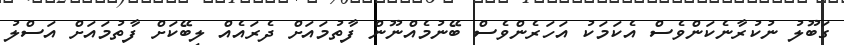
ގަބޫލު ނުކުރާނެކަންވެސް އެކަމަކު އަހަރެންވެސް ބޭނުމެއްނޫން ފާތުމައަށް ދެރައެއް ލިބޭކަށް ފާތުމައަށް އަސްލު